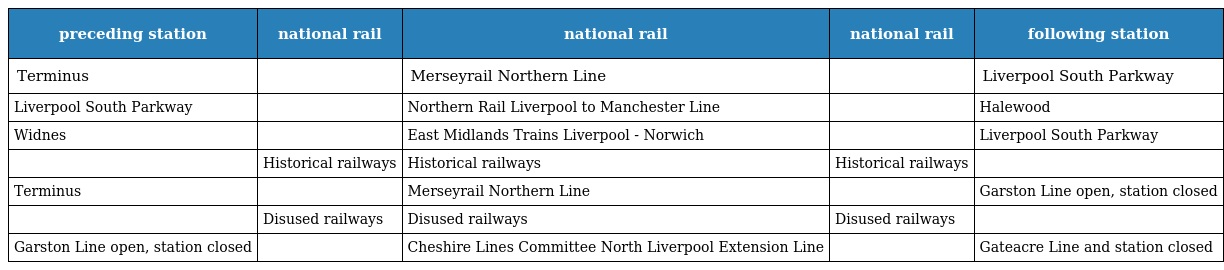
| preceding station | national rail | national rail | national rail | following station |
 | --- | --- | --- | --- | --- |
 | Terminus |  | Merseyrail Northern Line |  | Liverpool South Parkway |
 | Liverpool South Parkway |  | Northern Rail Liverpool to Manchester Line |  | Halewood |
 | Widnes |  | East Midlands Trains Liverpool - Norwich |  | Liverpool South Parkway |
 |  | Historical railways | Historical railways | Historical railways |  |
 | Terminus |  | Merseyrail Northern Line |  | Garston Line open, station closed |
 |  | Disused railways | Disused railways | Disused railways |  |
 | Garston Line open, station closed |  | Cheshire Lines Committee North Liverpool Extension Line |  | Gateacre Line and station closed |